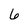
Character: 6